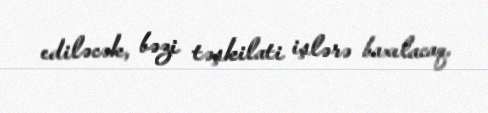
ediləcək, bəzi təşkilati işlərə baxılacaq.